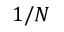
1 / N